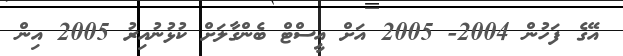
އޭގެ ފަހުން 2004- 2005 އަށް އީސްޓް ބެންގާލަށް ކުޅުނުއިރު 2005 އިން